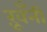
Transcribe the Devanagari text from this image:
ख़ूँनी